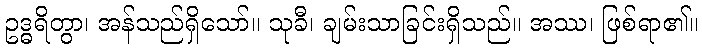
ဥဒ္ဓရိတွာ၊ အန်သည်ရှိသော်။ သုခီ၊ ချမ်းသာခြင်းရှိသည်။ အဿ၊ ဖြစ်ရာ၏။